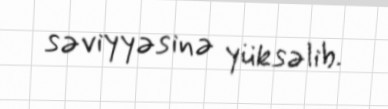
səviyyəsinə yüksəlib.